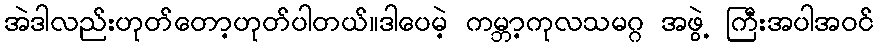
အဲဒါလည်းဟုတ်တော့ဟုတ်ပါတယ်။ဒါပေမဲ့ ကမ္ဘာ့ကုလသမဂ္ဂ အဖွဲ့ ကြီးအပါအဝင်